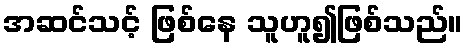
အဆင်သင့် ဖြစ်နေ သူဟူ၍ဖြစ်သည်။